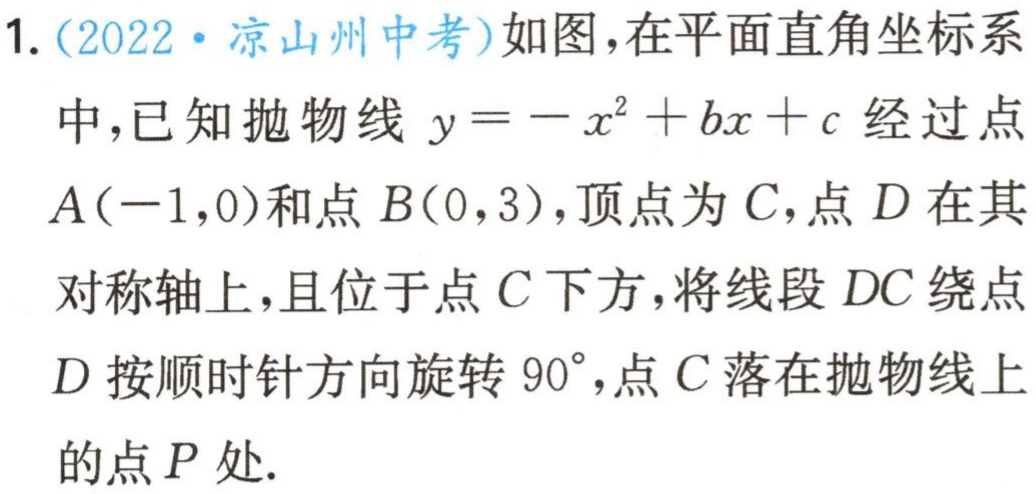
1.（2022·凉山州中考）如图，在平面直角坐标系

中，已知抛物线\(y = -x^{2}+bx + c\)经过点

\(A(-1,0)\)和点\(B(0,3)\)，顶点为\(C\)，点\(D\)在其

对称轴上，且位于点\(C\)下方，将线段\(DC\)绕点

\(D\)按顺时针方向旋转\(90^{\circ}\)，点\(C\)落在抛物线上

的点\(P\)处.